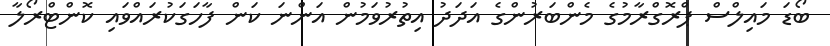
ބޯޑަ މައިލްސް ޕްރޮގްރާމުގެ މެންބަރުންގެ އަދަދު އިތުރުވަމުން އަންނަ ކަން ފާހަގަކުރައްވައި ކޮންޓްރޯލާ